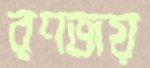
রণজয়